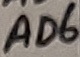
Text: AD6